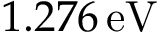
1 . 2 7 6 \, \mathrm { e V }